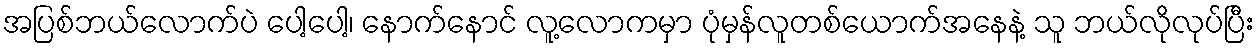
အပြစ်ဘယ်လောက်ပဲ ပေါ့ပေါ့၊ နောက်နောင် လူ့လောကမှာ ပုံမှန်လူတစ်ယောက်အနေနဲ့ သူ ဘယ်လိုလုပ်ပြီး